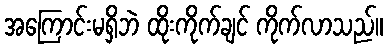
အကြောင်းမရှိဘဲ ထိုးကိုက်ချင် ကိုက်လာသည်။